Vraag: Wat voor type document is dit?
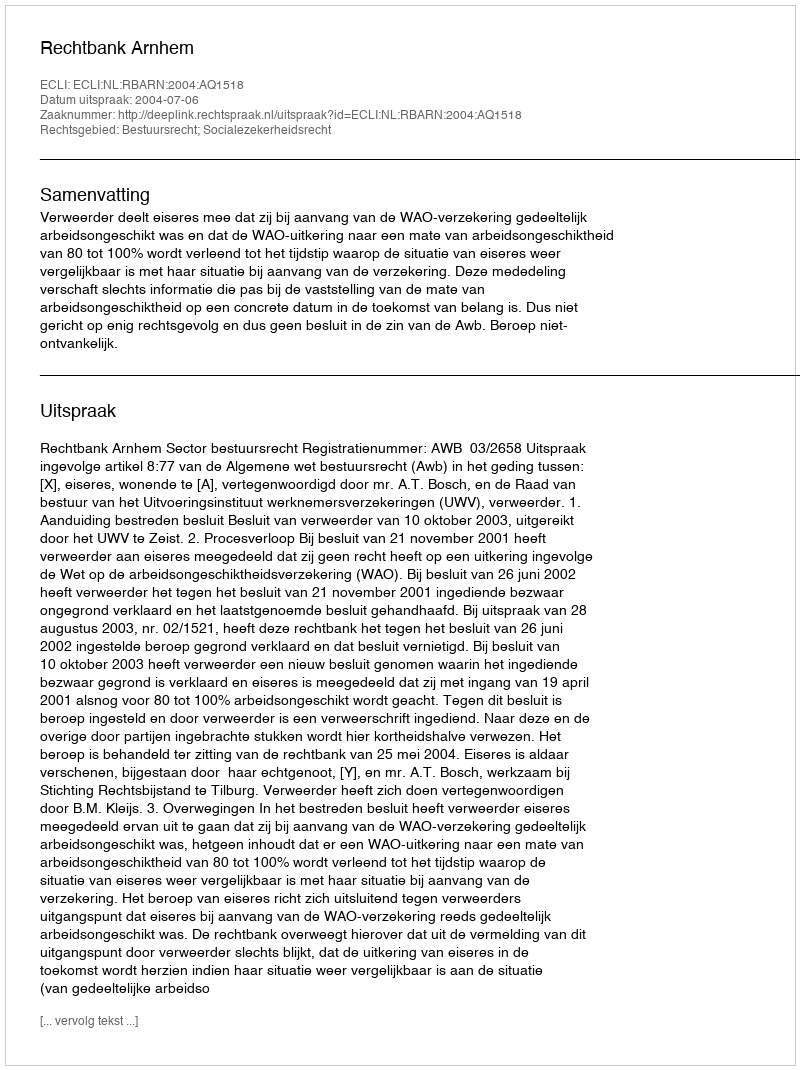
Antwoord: Uitspraak